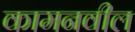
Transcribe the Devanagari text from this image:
कामनवील